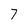
Character: 7